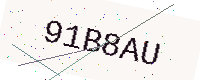
Text: 91B8AU